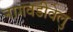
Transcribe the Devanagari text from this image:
नागवडीवेलु